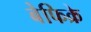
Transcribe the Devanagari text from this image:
बेफिक्रे